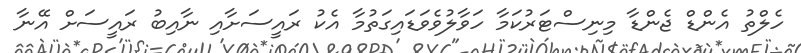
ހެލްތު އެންޑް ޖެންޑާ މިނިސްޓަރުކަމާ ހަވާލުވެވަޑައިގަތުމާ އެކު ރައީސަށާއި ނާއިބު ރައީސަށް އޭނާ